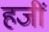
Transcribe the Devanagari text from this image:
हजीं